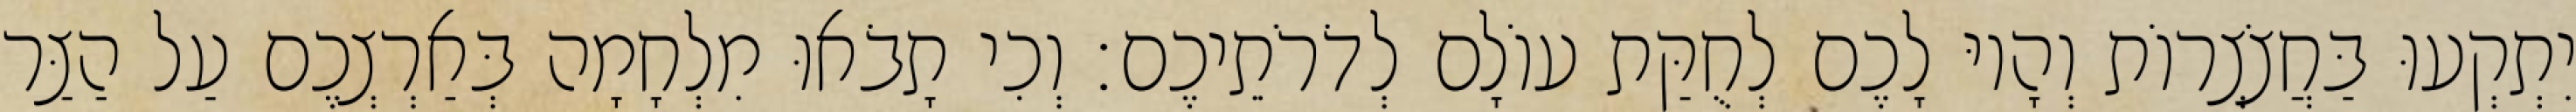
יִתְקְעוּ בַּחֲצֹצְרוֹת וְהָיוּ לָכֶם לְחֻקַּת עוֹלָם לְדֹרֹתֵיכֶם׃ וְכִי תָבֹאוּ מִלְחָמָה בְּאַרְצְכֶם עַל הַצַּר